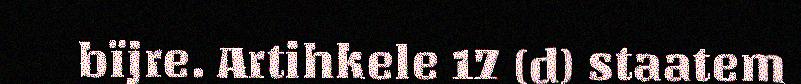
bïjre. Artihkele 17 (d) staatem